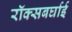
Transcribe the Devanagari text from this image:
रॉक्सबर्घाई